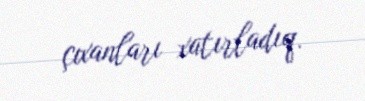
çıxanları xatırladıq.